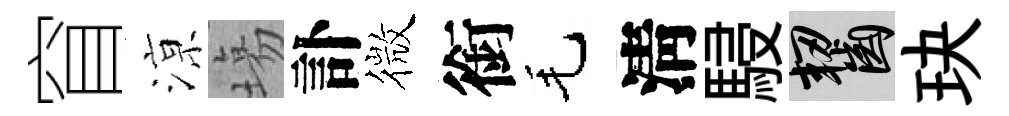
窅鿌塲訃微銜毛淸駸齧玦